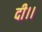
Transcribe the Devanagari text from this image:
दी।।